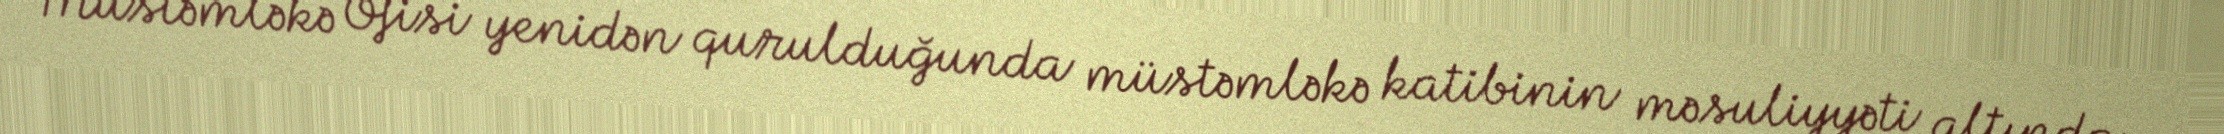
Müstəmləkə Ofisi yenidən qurulduğunda müstəmləkə katibinin məsuliyyəti altında